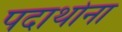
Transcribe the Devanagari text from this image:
पदार्थाना